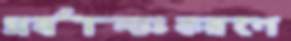
সর্বান্তঃকরণে